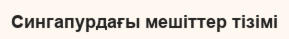
Сингапурдағы мешіттер тізімі